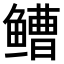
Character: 𫚧